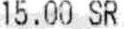
15.00 SR